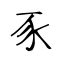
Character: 豕